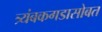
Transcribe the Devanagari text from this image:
त्र्यंबकगडासोबत